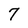
Character: 7